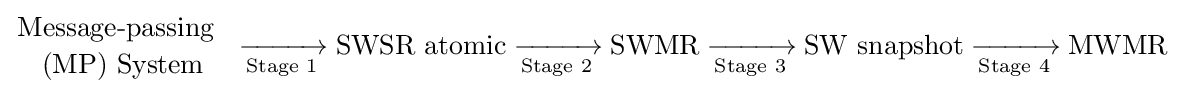
{{\operatorname {Message-passing} {\text{ }} \atop {\text{(MP)}}\ {\text{System}}}{}\mathrel {\xrightarrow[{\text{Stage 1}}]{}} {}\mathrm {SWSR} \ \mathrm {atomic} {}\mathrel {\xrightarrow[{\text{Stage 2}}]{}} {}\mathrm {SWMR} {}\mathrel {\xrightarrow[{\text{Stage 3}}]{}} {}\mathrm {SW} \ \mathrm {snapshot} {}\mathrel {\xrightarrow[{\text{Stage 4}}]{}} {}\mathrm {MWMR} }